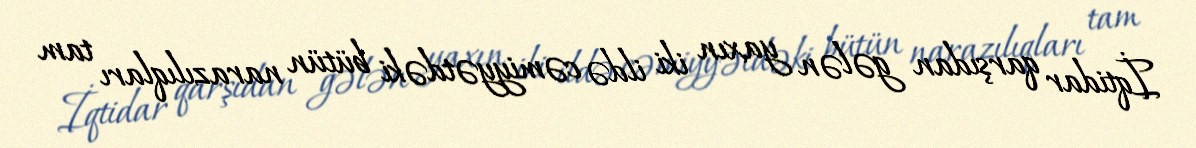
İqtidar qarşıdan gələn yaxın iki ildə cəmiyyətdəki bütün narazılıqları tam